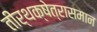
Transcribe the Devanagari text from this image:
तीर्थक्षेत्रासमान